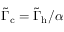
\Tilde { \Gamma } _ { \mathrm { c } } = \Tilde { \Gamma } _ { \mathrm { h } } / \alpha